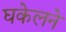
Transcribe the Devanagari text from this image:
घकेलने